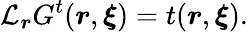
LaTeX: \mathcal{L}_{\boldsymbol{r}}G^{t}(\boldsymbol{r},\boldsymbol{\xi})=t(\boldsymbol{r},\boldsymbol{\xi}).